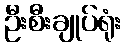
ဦးစီးချုပ်ရုံး